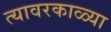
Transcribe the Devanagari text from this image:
त्यावरकाळ्या